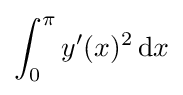
\int _{0}^{\pi }y'(x)^{2}\,\mathrm {d} x